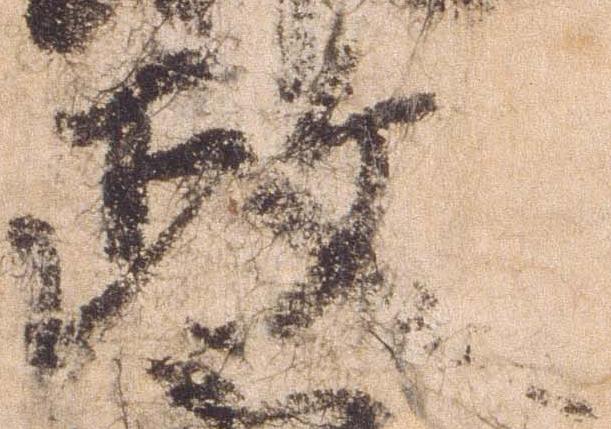
政